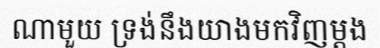
ណាមួយ ទ្រង់នឹងយាងមកវិញម្តង